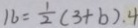
1 6 = \frac { 1 } { 2 } ( 3 + b ) \cdot 4